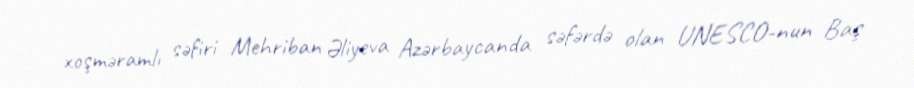
xoşməramlı səfiri Mehriban Əliyeva Azərbaycanda səfərdə olan UNESCO-nun Baş